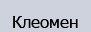
Клеомен